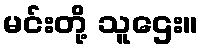
မင်းတို့ သူဌေး။